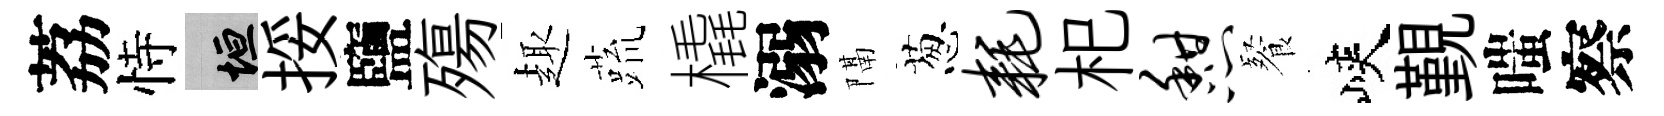
荔恃垣挼鹽殤趣蔬橇溺隔葱耗𣏌憩餐峽覲嗤察